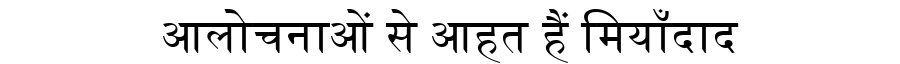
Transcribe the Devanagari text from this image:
आलोचनाओं से आहत हैं मियाँदाद